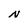
Character: N